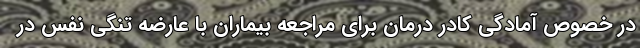
در خصوص آمادگی کادر درمان برای مراجعه بیماران با عارضه تنگی نفس در